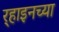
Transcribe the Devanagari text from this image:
र्‍हाइनच्या